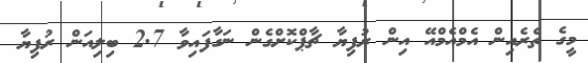
މީގެ ތެރެއިން އެމްއެމްއޭ އިން ރުފިޔާ ޗާޕްކޮށްގެން ނަގާފައިވާ 2.7 ބިލިއަން ރުފިޔާ